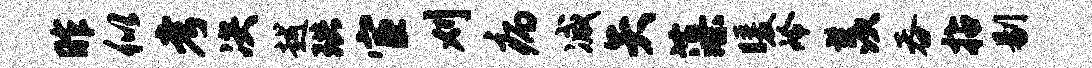
昨似考决越珙宦刈病减矢藻暖冷羡吞拈剔